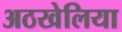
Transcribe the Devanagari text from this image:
अठखेलिया